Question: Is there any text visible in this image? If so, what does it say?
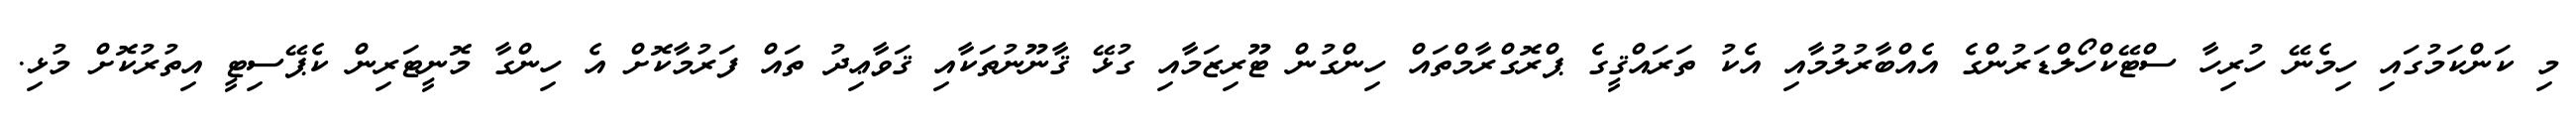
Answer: މި ކަންކަމުގައި ހިމެނޭ ހުރިހާ ސްޓޭކްހޯލްޑަރުންގެ އެއްބާރުލުމާއި އެކު ތަރައްޤީގެ ޕްރޮގްރާމްތައް ހިންގުން ޓޫރިޒަމާއި ގުޅޭ ޤާނޫނުތަކާއި ޤަވާޢިދު ތައް ފަރުމާކޮށް އެ ހިންގާ މޮނީޓަރިން ކެޕޭސިޓީ އިތުރުކޮށް މުޅި.